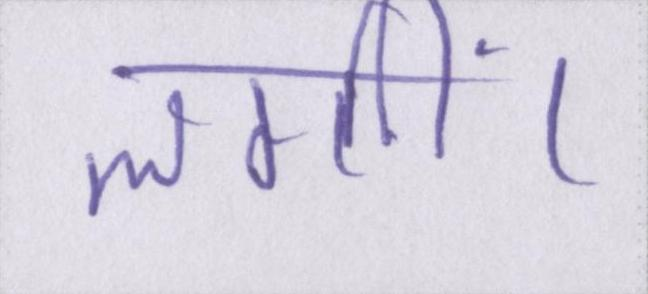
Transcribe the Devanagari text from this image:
लगीं।